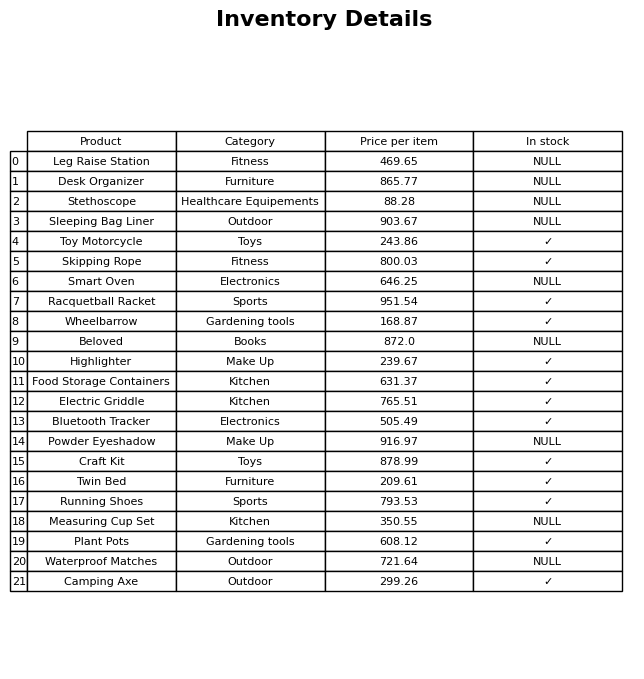
question: What is the price for Racquetball Racket?
answer: The price of Racquetball Racket is 951.54.